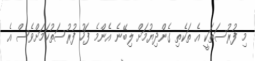
މި ފުރުސަތަކީ އެ ތަކެތި ގެންދިޔުމަށް ލިބޭނެ އެންމެ ފަހު ފުރުސަތުކަމަށްވެސް އެ